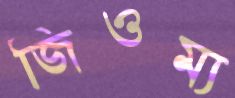
জিওম্য